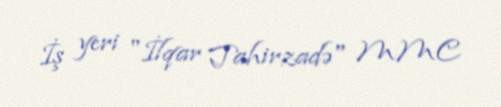
İş yeri "İlqar Tahirzadə" MMC